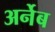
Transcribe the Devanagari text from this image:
अर्नेब